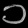
Digit: ၁